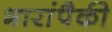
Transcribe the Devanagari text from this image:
भारांपैकी